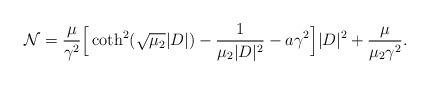
LaTeX: \begin{align*} \mathcal N=\frac{\mu}{\gamma^2}\Big[\coth^2(\sqrt{\mu_2}|D|)-\frac{1}{\mu_2 |D|^2}-a\gamma^2\Big]|D|^2 +\frac{\mu}{\mu_2\gamma^2}. \end{align*}